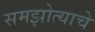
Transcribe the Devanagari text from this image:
समझोत्याचे